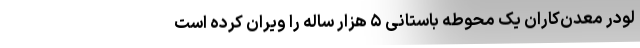
لودر معدن‌‌‌کاران یک محوطه باستانی ۵ هزار ساله را ویران کرده است